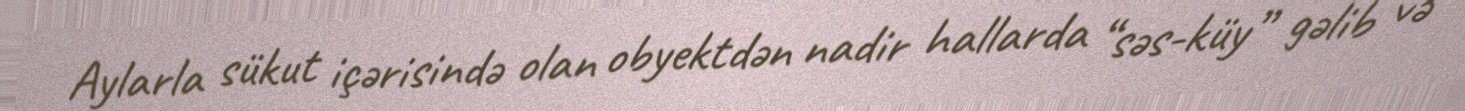
Aylarla sükut içərisində olan obyektdən nadir hallarda “səs-küy” gəlib və